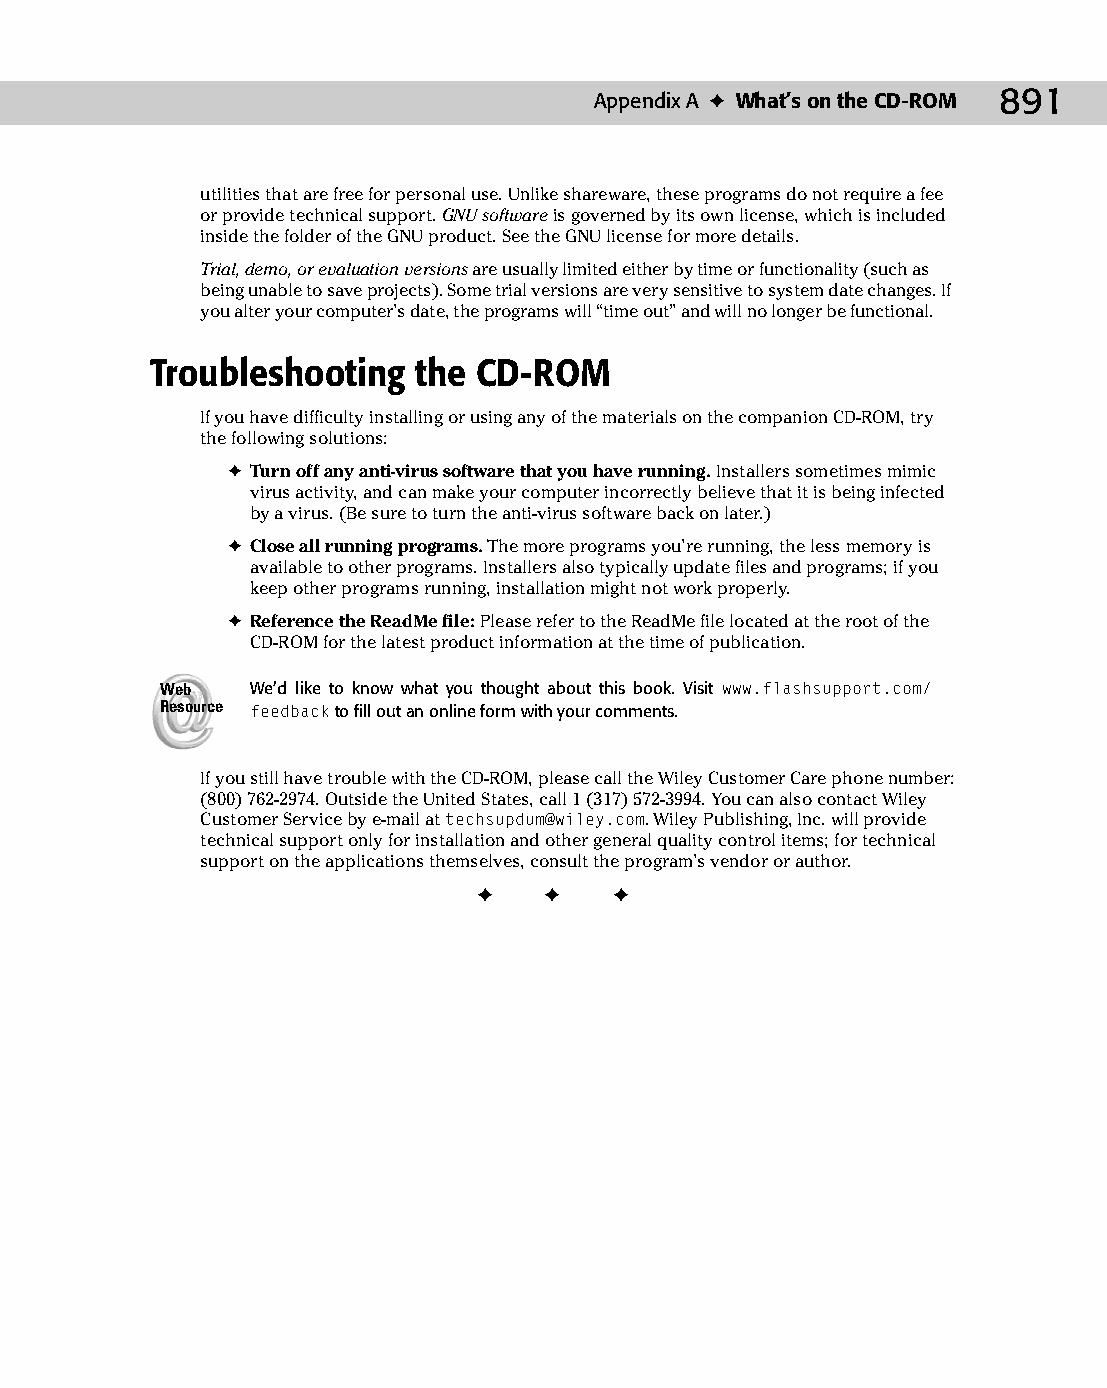
49 543547 AppA.qxd 3/24/04 4:15 PM Page 891
 Appendix A ✦ What’s on the CD-ROM 891
 utilities that are free for personal use. Unlike shareware, these programs do not require a fee
 or provide technical support. GNU software is governed by its own license, which is included
 inside the folder of the GNU product. See the GNU license for more details.
 Trial, demo, or evaluation versions are usually limited either by time or functionality (such as
 being unable to save projects). Some trial versions are very sensitive to system date changes. If
 you alter your computer’s date, the programs will “time out” and will no longer be functional.
 Troubleshooting  the  CD-ROM
 If you have difficulty installing or using any of the materials on the companion CD-ROM, try
 the following solutions:
 ✦ Turn off any anti-virus software that you have running. Installers sometimes mimic
 virus activity, and can make your computer incorrectly believe that it is being infected
 by a virus. (Be sure to turn the anti-virus software back on later.)
 ✦ Close all running programs. The more programs you’re running, the less memory is
 available to other programs. Installers also typically update files and programs; if you
 keep other programs running, installation might not work properly.
 ✦ Reference the ReadMe file: Please refer to the ReadMe file located at the root of the
 CD-ROM for the latest product information at the time of publication.
 Web   We’d like to know what you thought about this book. Visit www.flashsupport.com/
 Resource feedback to fill out an online form with your comments.
 If you still have trouble with the CD-ROM, please call the Wiley Customer Care phone number:
 (800) 762-2974. Outside the United States, call 1 (317) 572-3994. You can also contact Wiley
 Customer Service by e-mail at techsupdum@wiley.com. Wiley Publishing, Inc. will provide
 technical support only for installation and other general quality control items; for technical
 support on the applications themselves, consult the program’s vendor or author.
 ✦  ✦  ✦